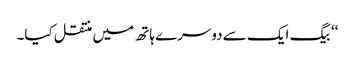
‘‘ بیگ ایک سے دوسرے ہاتھ میں منتقل کیا۔